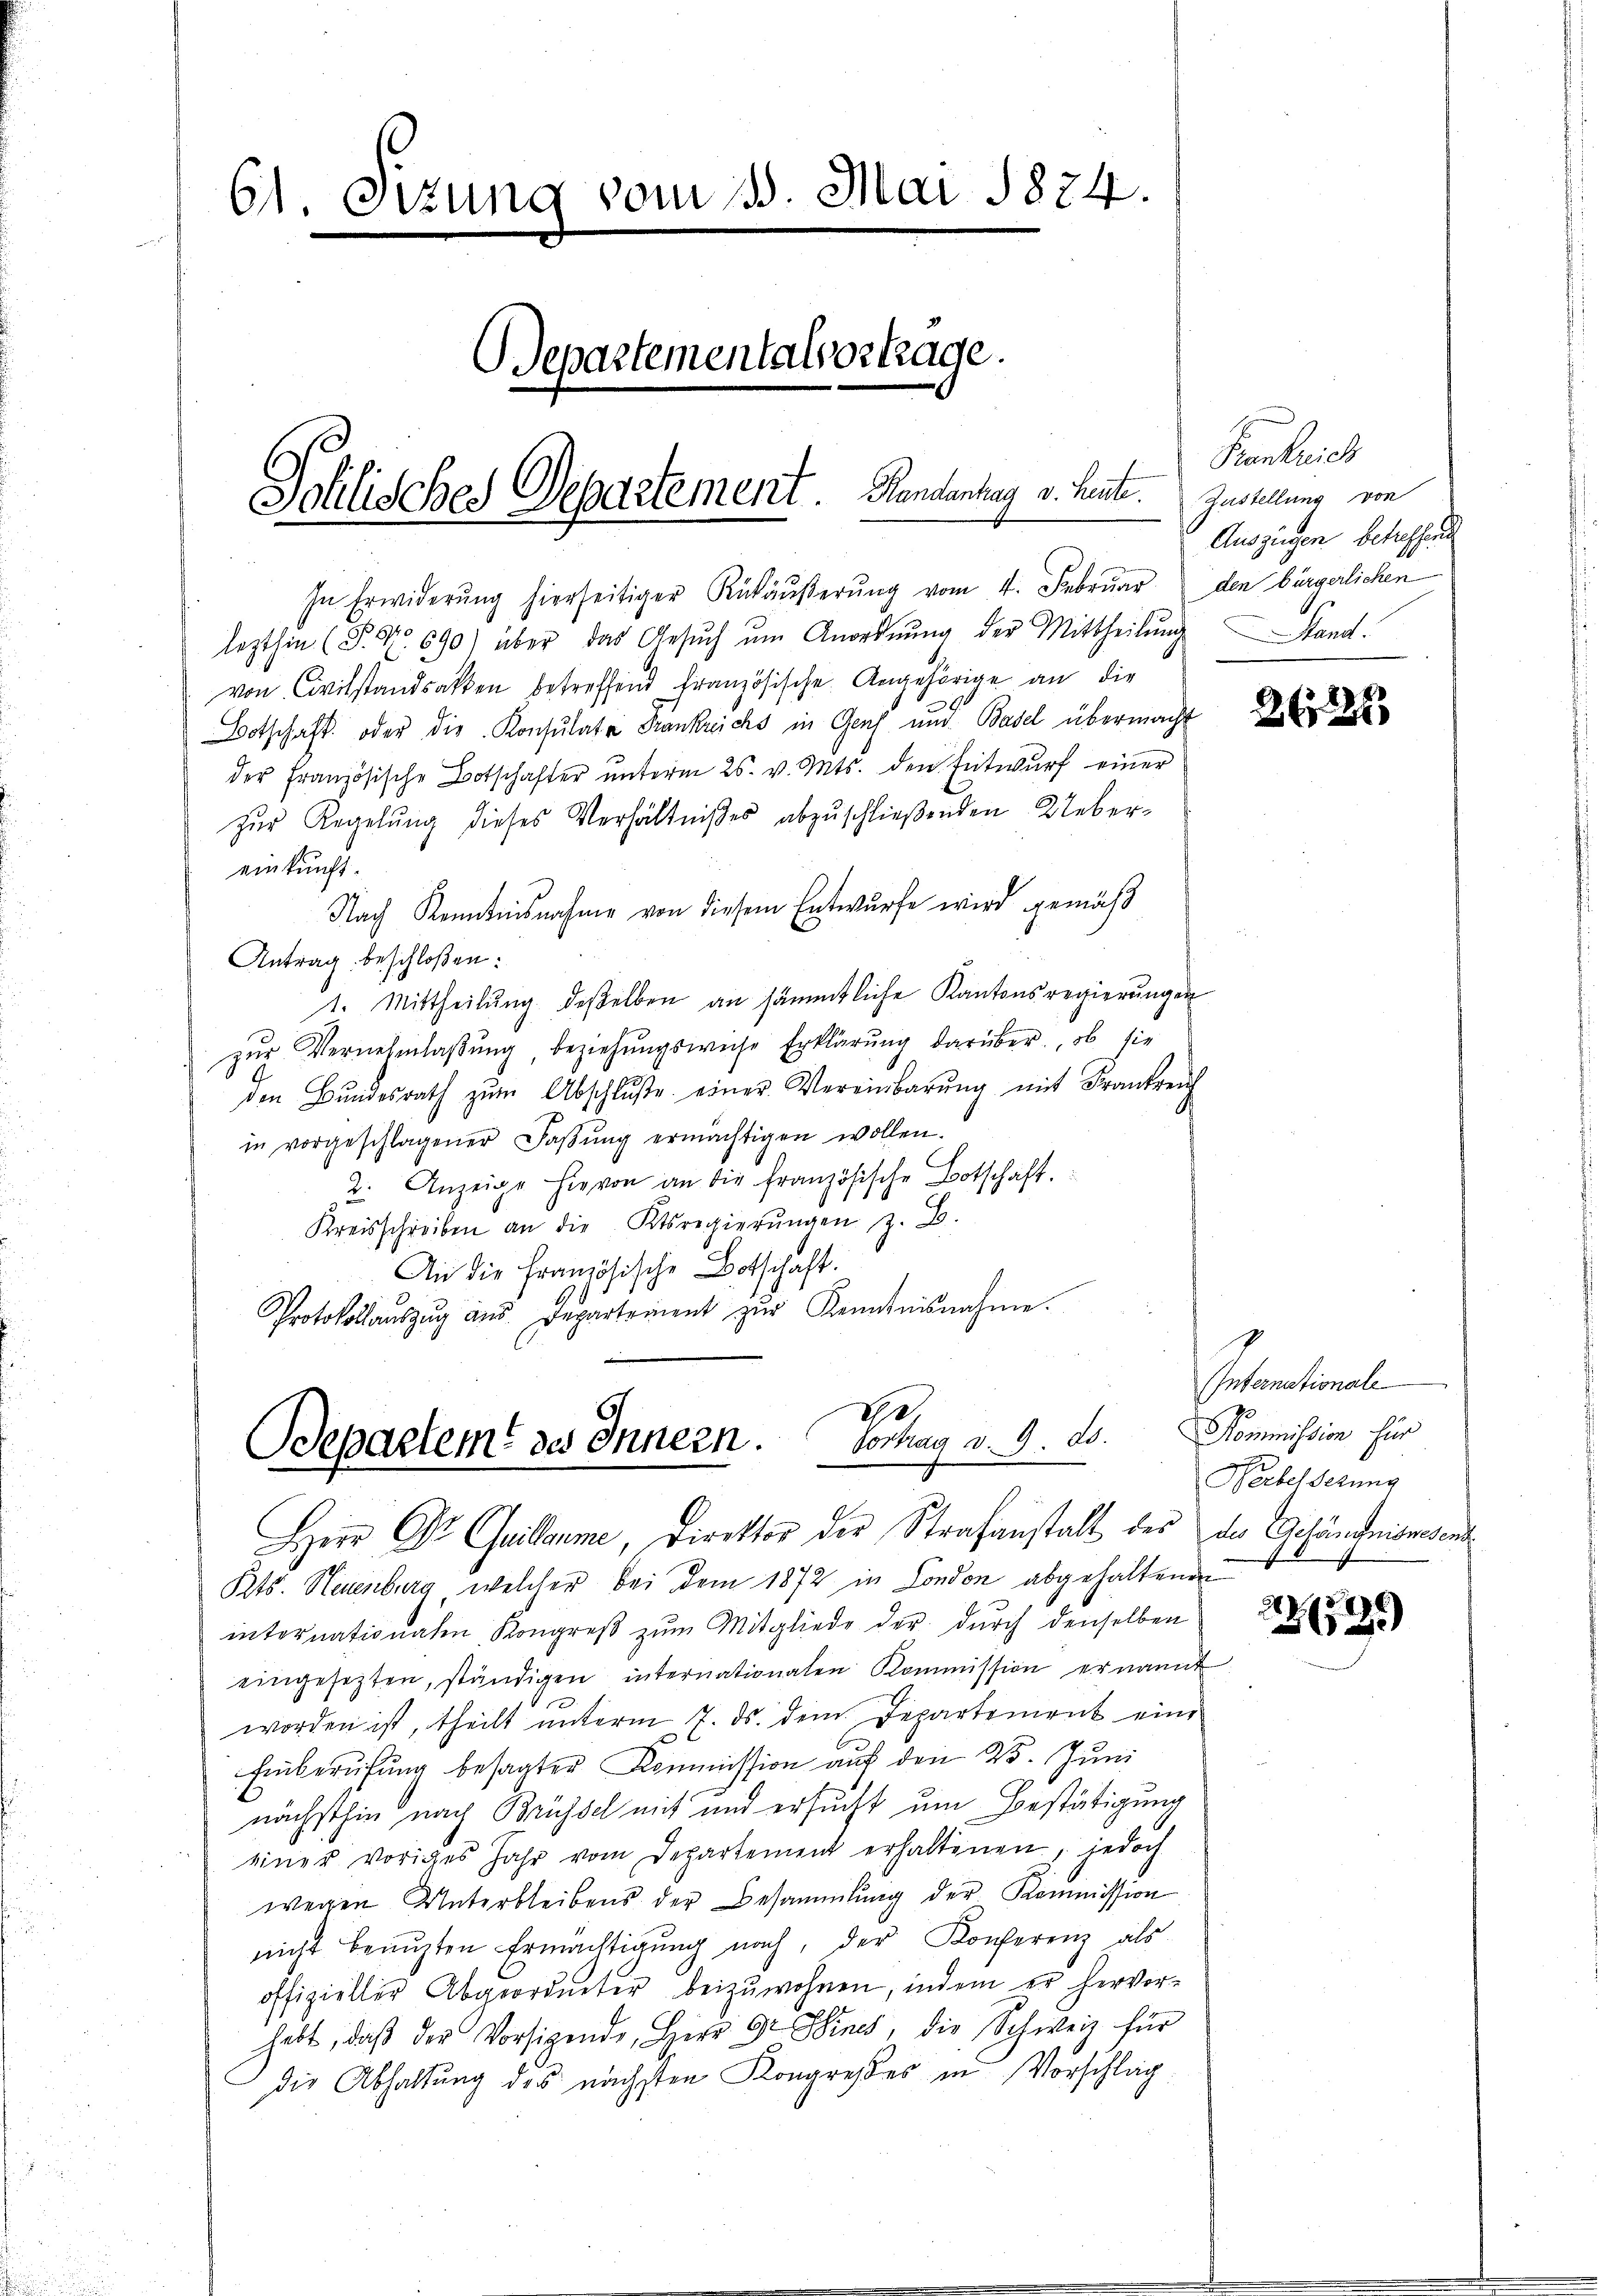
61 Sizung vom 18. Mai 1874.
Separtementalvortrage.
Johlisches Departement. Bundentag v. heute.

In Erwiderŭng hierseitiger Rükäŭβerŭng vom 4. Febrŭar den bürgerlichen
lezthin (P. Nr. 690) aber das Gesŭch ŭm Anordnŭng der Mittheilŭng Stand.
von Civilstandsacken betreffend französische Angehörige an die
Botschaft oder die Konsulate Frankreichs in Genf und Basel übermacht
der Französische Botschafter ŭnterm 26. v. Mts. den Entwurf einer
zur Regelung dieses Verhältnißes abzuschließenden Uebereinkunft.
Nach Kenntnisnahme von diesem Entwurfe wird gemäß
Antrag beschloßen:
1. Mittheilung deßelben an sämmtliche Kantonsregierungen
zŭr Vernehmlaßung beziehungsweise Erklärung darüber, ob sie
den Bŭndesrath zŭm Abschlŭβe einer Vereinbarŭng mit Frankreich
in vorgeschlagener Saβŭng ermächtigen wollen.
2. Anzeige hievon an die französische Botschaft.
Kreisschreiben an die Ktsregierŭngen z. B.
An die Französische Botschaft.
Protokollaŭszŭg aŭs Departement zŭr Kenntnisnahme.

d
Bdepaetent des Innern. Vortrag v. 9. ds.
2 x

Frankreich
Zustellung von
Auszügen betreffend

Herr Dr Guillame, Direktor der Strafanstalt der das Gefängnissend
Kts. Neuenburg, welcher bei dem 1872 in London abgehaltenen
internationalen Kongreß zum Mitgliede der durch denselben
eingesezten, ständigen internationalen Kommission ernannt
worden ist, theilt unterm 7. ds. dem Departement eine
Einberufung besagter Kommission auf den 23. Juni
nächsthin nach Brüssel mit und ersucht um Bestätigung
einer voriges Jahr vom Departement erhaltenen, jedoch
wegen Unterbleibens der Besammlung der Kommission
nicht beaŭften Ermächtigung nach, der Konferenz als
offizieller Abgeordneter beizuwohnen, indem er hervor-
habt, daβ der Vorsigende, Herr Gr. Sines, die Schweiz für
die Abhaltung des nächsten Kongreßes in Vorschlag

22 x

Intanationale
Kommission für
Werbesserung

252)